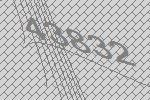
43832